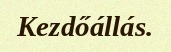
Kezdőállás.